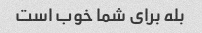
بله برای شما خوب است